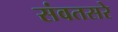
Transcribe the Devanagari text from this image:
संवतसरे